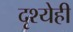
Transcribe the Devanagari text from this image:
दृश्येही